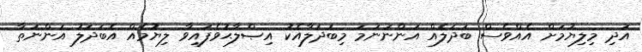
އަދި މިލިޔުމަށް އެއްވެސް ބަދަލެއް އަންނަނަމަ މިބަދަލާއެކު އިޞްލާޙުވެފައިވާ ލިޔުމެއް އެބަދަލު އަންނަތާ